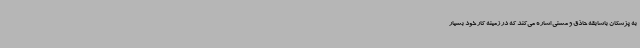
به پزشکان باسابقه حاذق و مسنی اشاره می‌کند که در زمینه کار خود بسیار